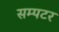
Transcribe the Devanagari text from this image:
सम्पटर